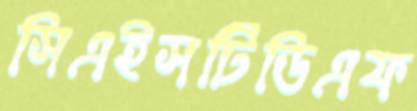
সিএইসটিডিএফ